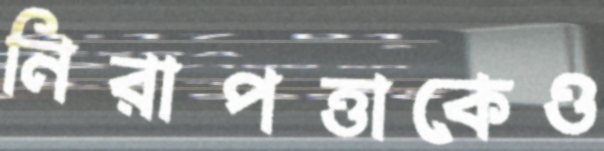
নিরাপত্তাকেও